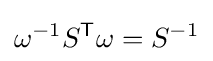
\omega ^{-1}S^{\textsf {T}}\omega =S^{-1}